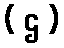
( ဌ )